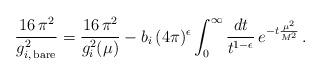
LaTeX: \begin{align*}\frac{16\, \pi^2}{g_{i,\, {\rm bare}}^2} =\frac{16\, \pi^2}{g_{i}^2(\mu)} -b_i \, (4\pi)^\epsilon\int_0^\infty\frac{dt}{t^{1-\epsilon}}\, e^{-t\frac{\mu^2}{M^2}}\, . \end{align*}